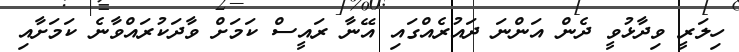
ހިލަރީ ވިދާޅުވީ ދެން އަންނަ ދައުރެއްގައި އޭނާ ރައީސް ކަމަށް ވާދަކުރައްވާނެ ކަމަށާއި